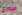
ضروري